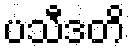
ပသီဒတိ